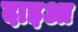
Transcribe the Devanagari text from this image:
दाइआ